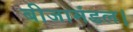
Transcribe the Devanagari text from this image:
बीजामंडल।